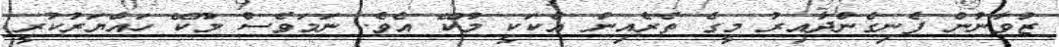
ޒުވާނުން ފެނިގެންދާއިރު މީގެ ތެރެއިން އެކަކީ މޫކޭ އެވެ. ނަމަވެސް މޫކޭ ހައްޔަރުކުރީ